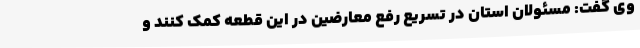
وی گفت: مسئولان استان در تسریع رفع معارضین در این قطعه کمک کنند و